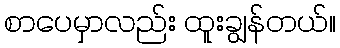
စာပေမှာလည်း ထူးချွန်တယ်။